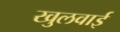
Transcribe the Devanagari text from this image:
खुलवाई